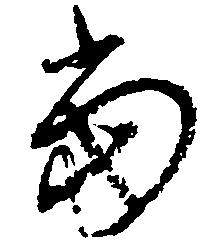
当